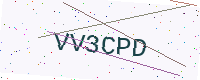
Text: VV3CPD